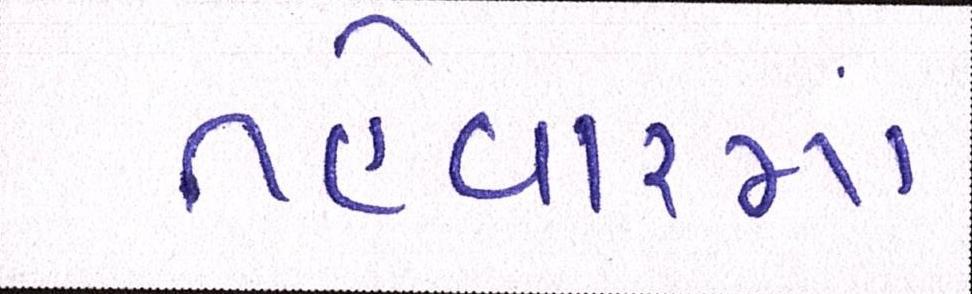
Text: તહેવારમાં